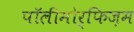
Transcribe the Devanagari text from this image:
पॉलीमोर्फिज़म